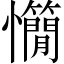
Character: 𢥣